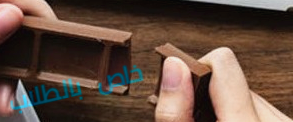
خاص بالطلاب